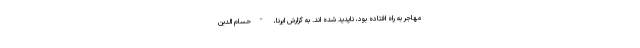
مهاجر به راه افتاده بود، ناپدید شده اند. به گزارش ایرنا، "حسام الدین